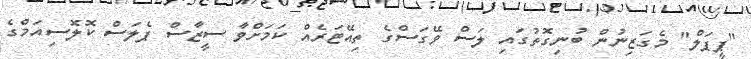
"ޕީޕަލް" މެގަޒިނުން ބުނިގޮތުގައި ލަސް ވޭގަސްގެ ތިއޭޓަރެއް ކަމަށްވާ ސީޒާސް ޕެލަސް ކޮލޮސިއަމްގެ